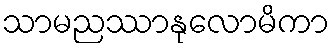
သာမညဿာနုလောမိကာ